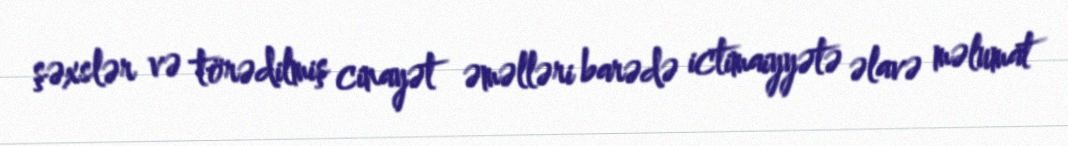
şəxslər və törədilmiş cinayət əməlləri barədə ictimaiyyətə əlavə məlumat